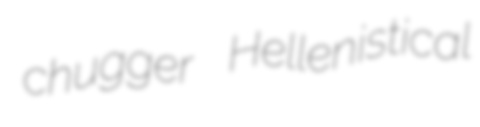
chugger Hellenistical